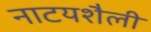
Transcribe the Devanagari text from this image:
नाटयशैली